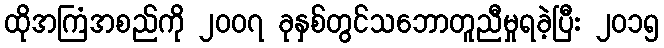
ထိုအကြံအစည်ကို ၂၀၀၇ ခုနှစ်တွင်သဘောတူညီမှုရခဲ့ပြီး ၂၀၁၅